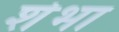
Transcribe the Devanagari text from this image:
शेभा